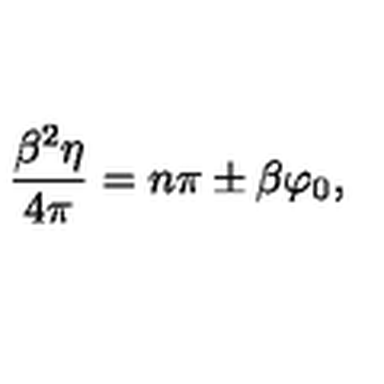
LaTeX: \frac { \beta ^ { 2 } \eta } { 4 \pi } = n \pi \pm \beta \varphi _ { 0 } ,